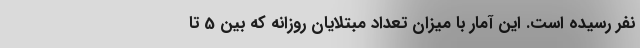
نفر رسیده است. این آمار با میزان تعداد مبتلایان روزانه که بین 5 تا